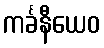
ကင်္ခနီယေဝ